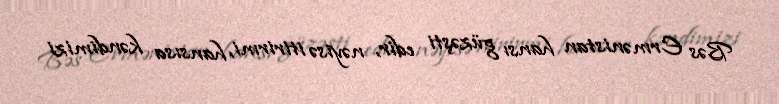
Bəs Ermənistan hansı güzəşti edir, nəyisə itirirmi, hansısa kəndimizi